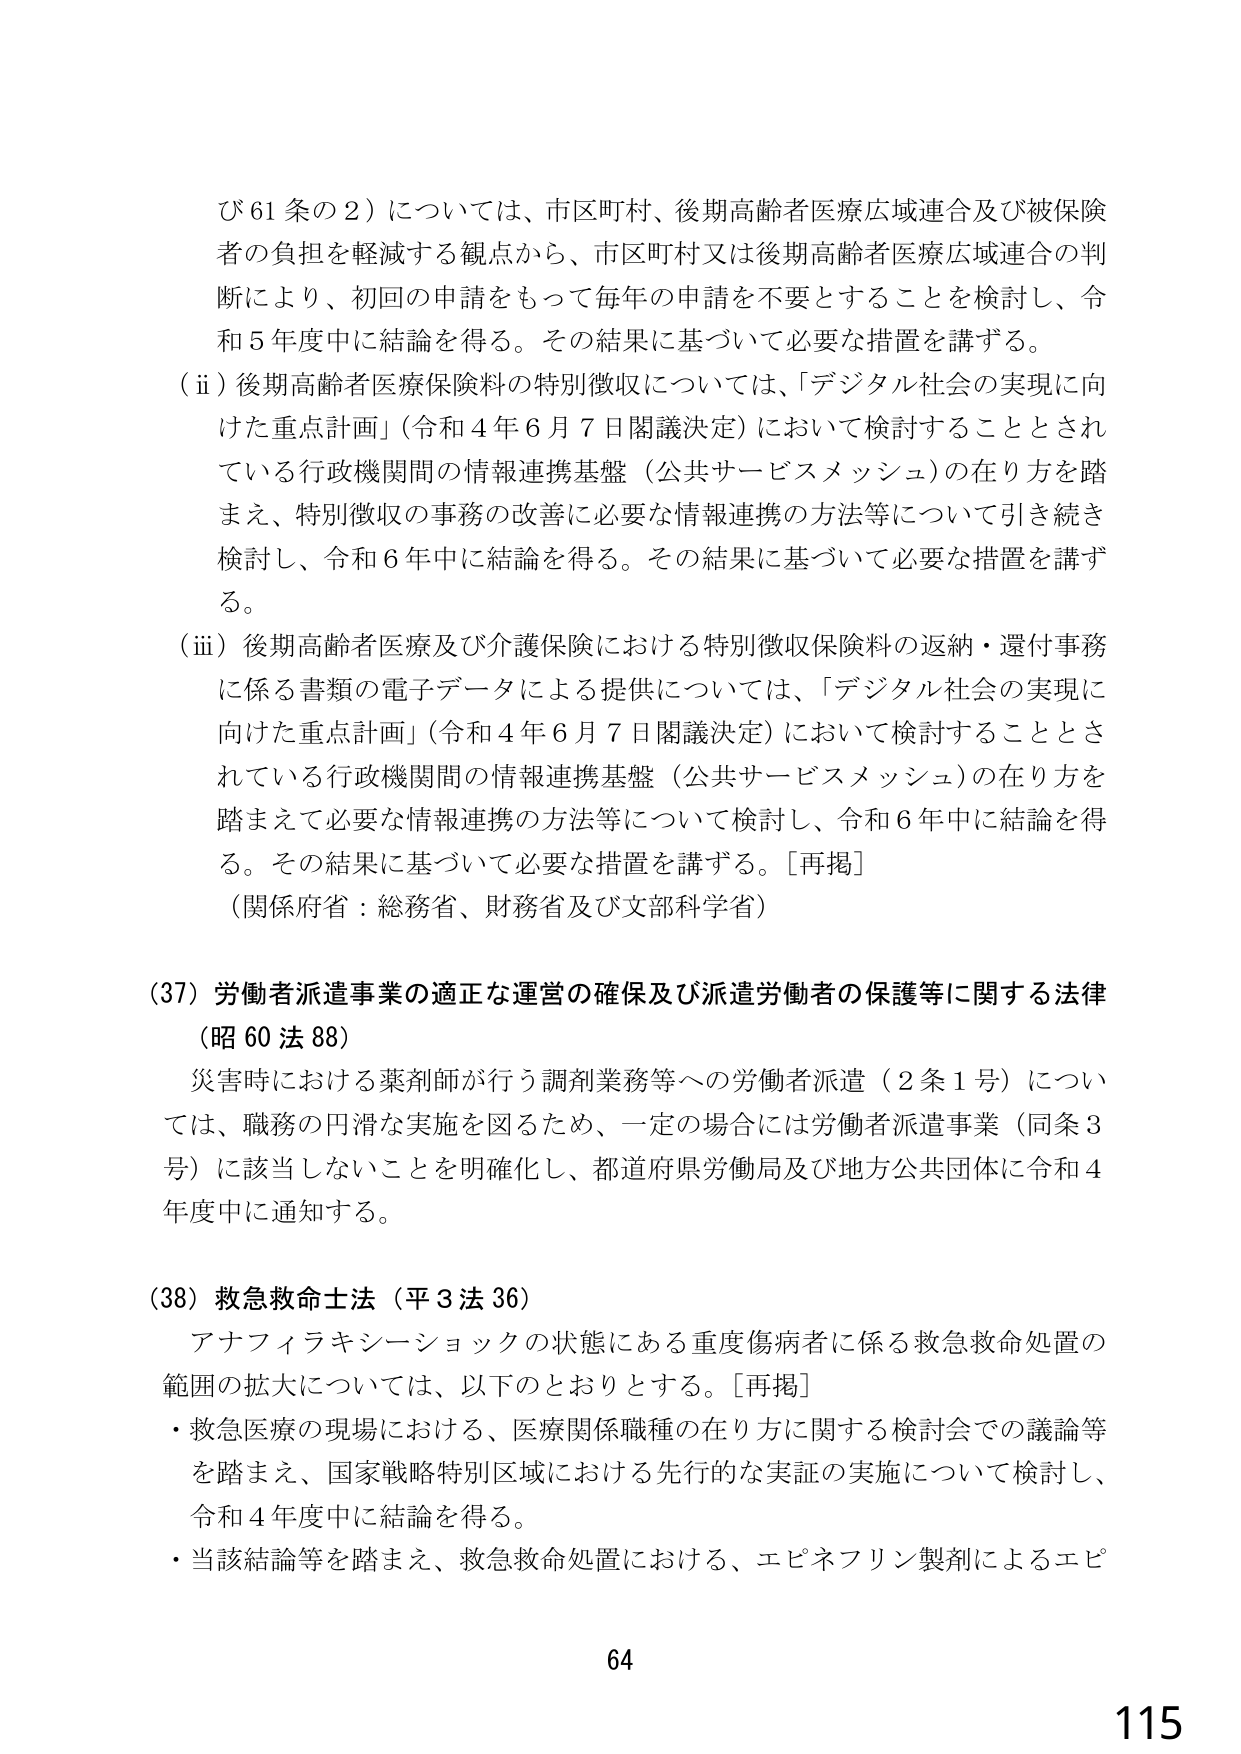
び61条の2）については、市区町村、後期高齢者医療広域連合及び被保険者の負担を軽減する観点から、市区町村又は後期高齢者医療広域連合の判断により、初回の申請をもって毎年の申請を不要とすることを検討し、令和5年度中に結論を得る。その結果に基づいて必要な措置を講ずる。

（ⅱ）後期高齢者医療保険料の特別徴収については、「デジタル社会の実現に向けた重点計画」（令和4年6月7日閣議決定）において検討することとされている行政機関間の情報連携基盤（公共サービスメッシュ）の在り方を踏まえ、特別徴収の事務の改善に必要な情報連携の方法等について引き続き検討し、令和6年中に結論を得る。その結果に基づいて必要な措置を講ずる。

（ⅲ）後期高齢者医療及び介護保険における特別徴収保険料の返納・還付事務に係る書類の電子データによる提供については、「デジタル社会の実現に向けた重点計画」（令和4年6月7日閣議決定）において検討することとされている行政機関間の情報連携基盤（公共サービスメッシュ）の在り方を踏まえて必要な情報連携の方法等について検討し、令和6年中に結論を得る。その結果に基づいて必要な措置を講ずる。［再掲］

（関係府省：総務省、財務省及び文部科学省）

（37）労働者派遣事業の適正な運営の確保及び派遣労働者の保護等に関する法律（昭60法88）

災害時における薬剤師が行う調剤業務等への労働者派遣（2条1号）については、職務の円滑な実施を図るため、一定の場合には労働者派遣事業（同条3号）に該当しないことを明確化し、都道府県労働局及び地方公共団体に令和4年度中に通知する。

（38）救急救命士法（平3法36）

アナフィラキシーショックの状態にある重度傷病者に係る救急救命処置の範囲の拡大については、以下のとおりとする。［再掲］

・救急医療の現場における、医療関係職種の在り方に関する検討会での議論等を踏まえ、国家戦略特別区域における先行的な実証の実施について検討し、令和4年度中に結論を得る。

・当該結論等を踏まえ、救急救命処置における、エピネフリン製剤によるエピ

64
115